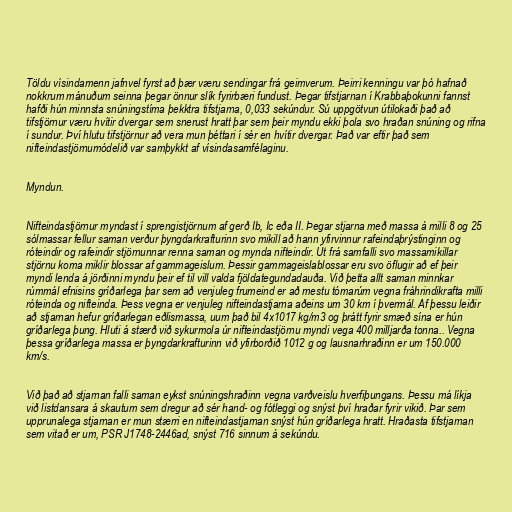
Töldu vísindamenn jafnvel fyrst að þær væru sendingar frá geimverum. Þeirri kenningu var þó hafnað
nokkrum mánuðum seinna þegar önnur slík fyrirbæri fundust. Þegar tifstjarnan í Krabbaþokunni fannst
hafði hún minnsta snúningstíma þekktra tifstjarna, 0,033 sekúndur. Sú uppgötvun útilokaði það að
tifstjörnur væru hvítir dvergar sem snerust hratt þar sem þeir myndu ekki þola svo hraðan snúning og rifna
í sundur. Því hlutu tifstjörnur að vera mun þéttari í sér en hvítir dvergar. Það var eftir það sem
nifteindastjörnumódelið var samþykkt af vísindasamfélaginu.

Myndun.

Nifteindastjörnur myndast í sprengistjörnum af gerð Ib, Ic eða II. Þegar stjarna með massa á milli 8 og 25
sólmassar fellur saman verður þyngdarkrafturinn svo mikill að hann yfirvinnur rafeindaþrýstinginn og
róteindir og rafeindir stjörnunnar renna saman og mynda nifteindir. Út frá samfalli svo massamikillar
stjörnu koma miklir blossar af gammageislum. Þessir gammageislablossar eru svo öflugir að ef þeir
myndi lenda á jörðinni myndu þeir ef til vill valda fjöldategundadauða. Við þetta allt saman minnkar
rúmmál efnisins gríðarlega þar sem að venjuleg frumeind er að mestu tómarúm vegna fráhrindikrafta milli
róteinda og nifteinda. Þess vegna er venjuleg nifteindastjarna aðeins um 30 km í þvermál. Af þessu leiðir
að stjarnan hefur gríðarlegan eðlismassa, uum það bil 4x1017 kg/m3 og þrátt fyrir smæð sína er hún
gríðarlega þung. Hluti á stærð við sykurmola úr nifteindastjörnu myndi vega 400 milljarða tonna.. Vegna
þessa gríðarlega massa er þyngdarkrafturinn við yfirborðið 1012 g og lausnarhraðinn er um 150.000
km/s.

Við það að stjarnan falli saman eykst snúningshraðinn vegna varðveislu hverfiþungans. Þessu má líkja
við listdansara á skautum sem dregur að sér hand- og fótleggi og snýst því hraðar fyrir vikið. Þar sem
upprunalega stjarnan er mun stærri en nifteindastjarnan snýst hún gríðarlega hratt. Hraðasta tifstjarnan
sem vitað er um, PSR J1748-2446ad, snýst 716 sinnum á sekúndu.